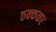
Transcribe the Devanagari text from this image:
ठक्ककर